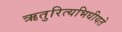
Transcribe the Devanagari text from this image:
ऋतुरित्यभिधीयते